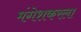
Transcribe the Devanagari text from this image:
मंगेशकरला